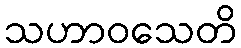
သဟာဝသေတိ